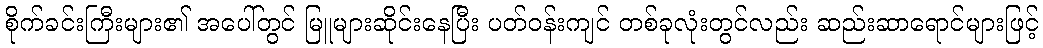
စိုက်ခင်းကြီးများ၏ အပေါ်တွင် မြူများဆိုင်းနေပြီး ပတ်ဝန်းကျင် တစ်ခုလုံးတွင်လည်း ဆည်းဆာရောင်များဖြင့်